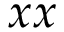
x x